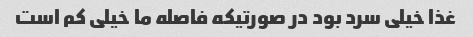
غذا خیلی سرد بود در صورتیکه فاصله ما خیلی کم است